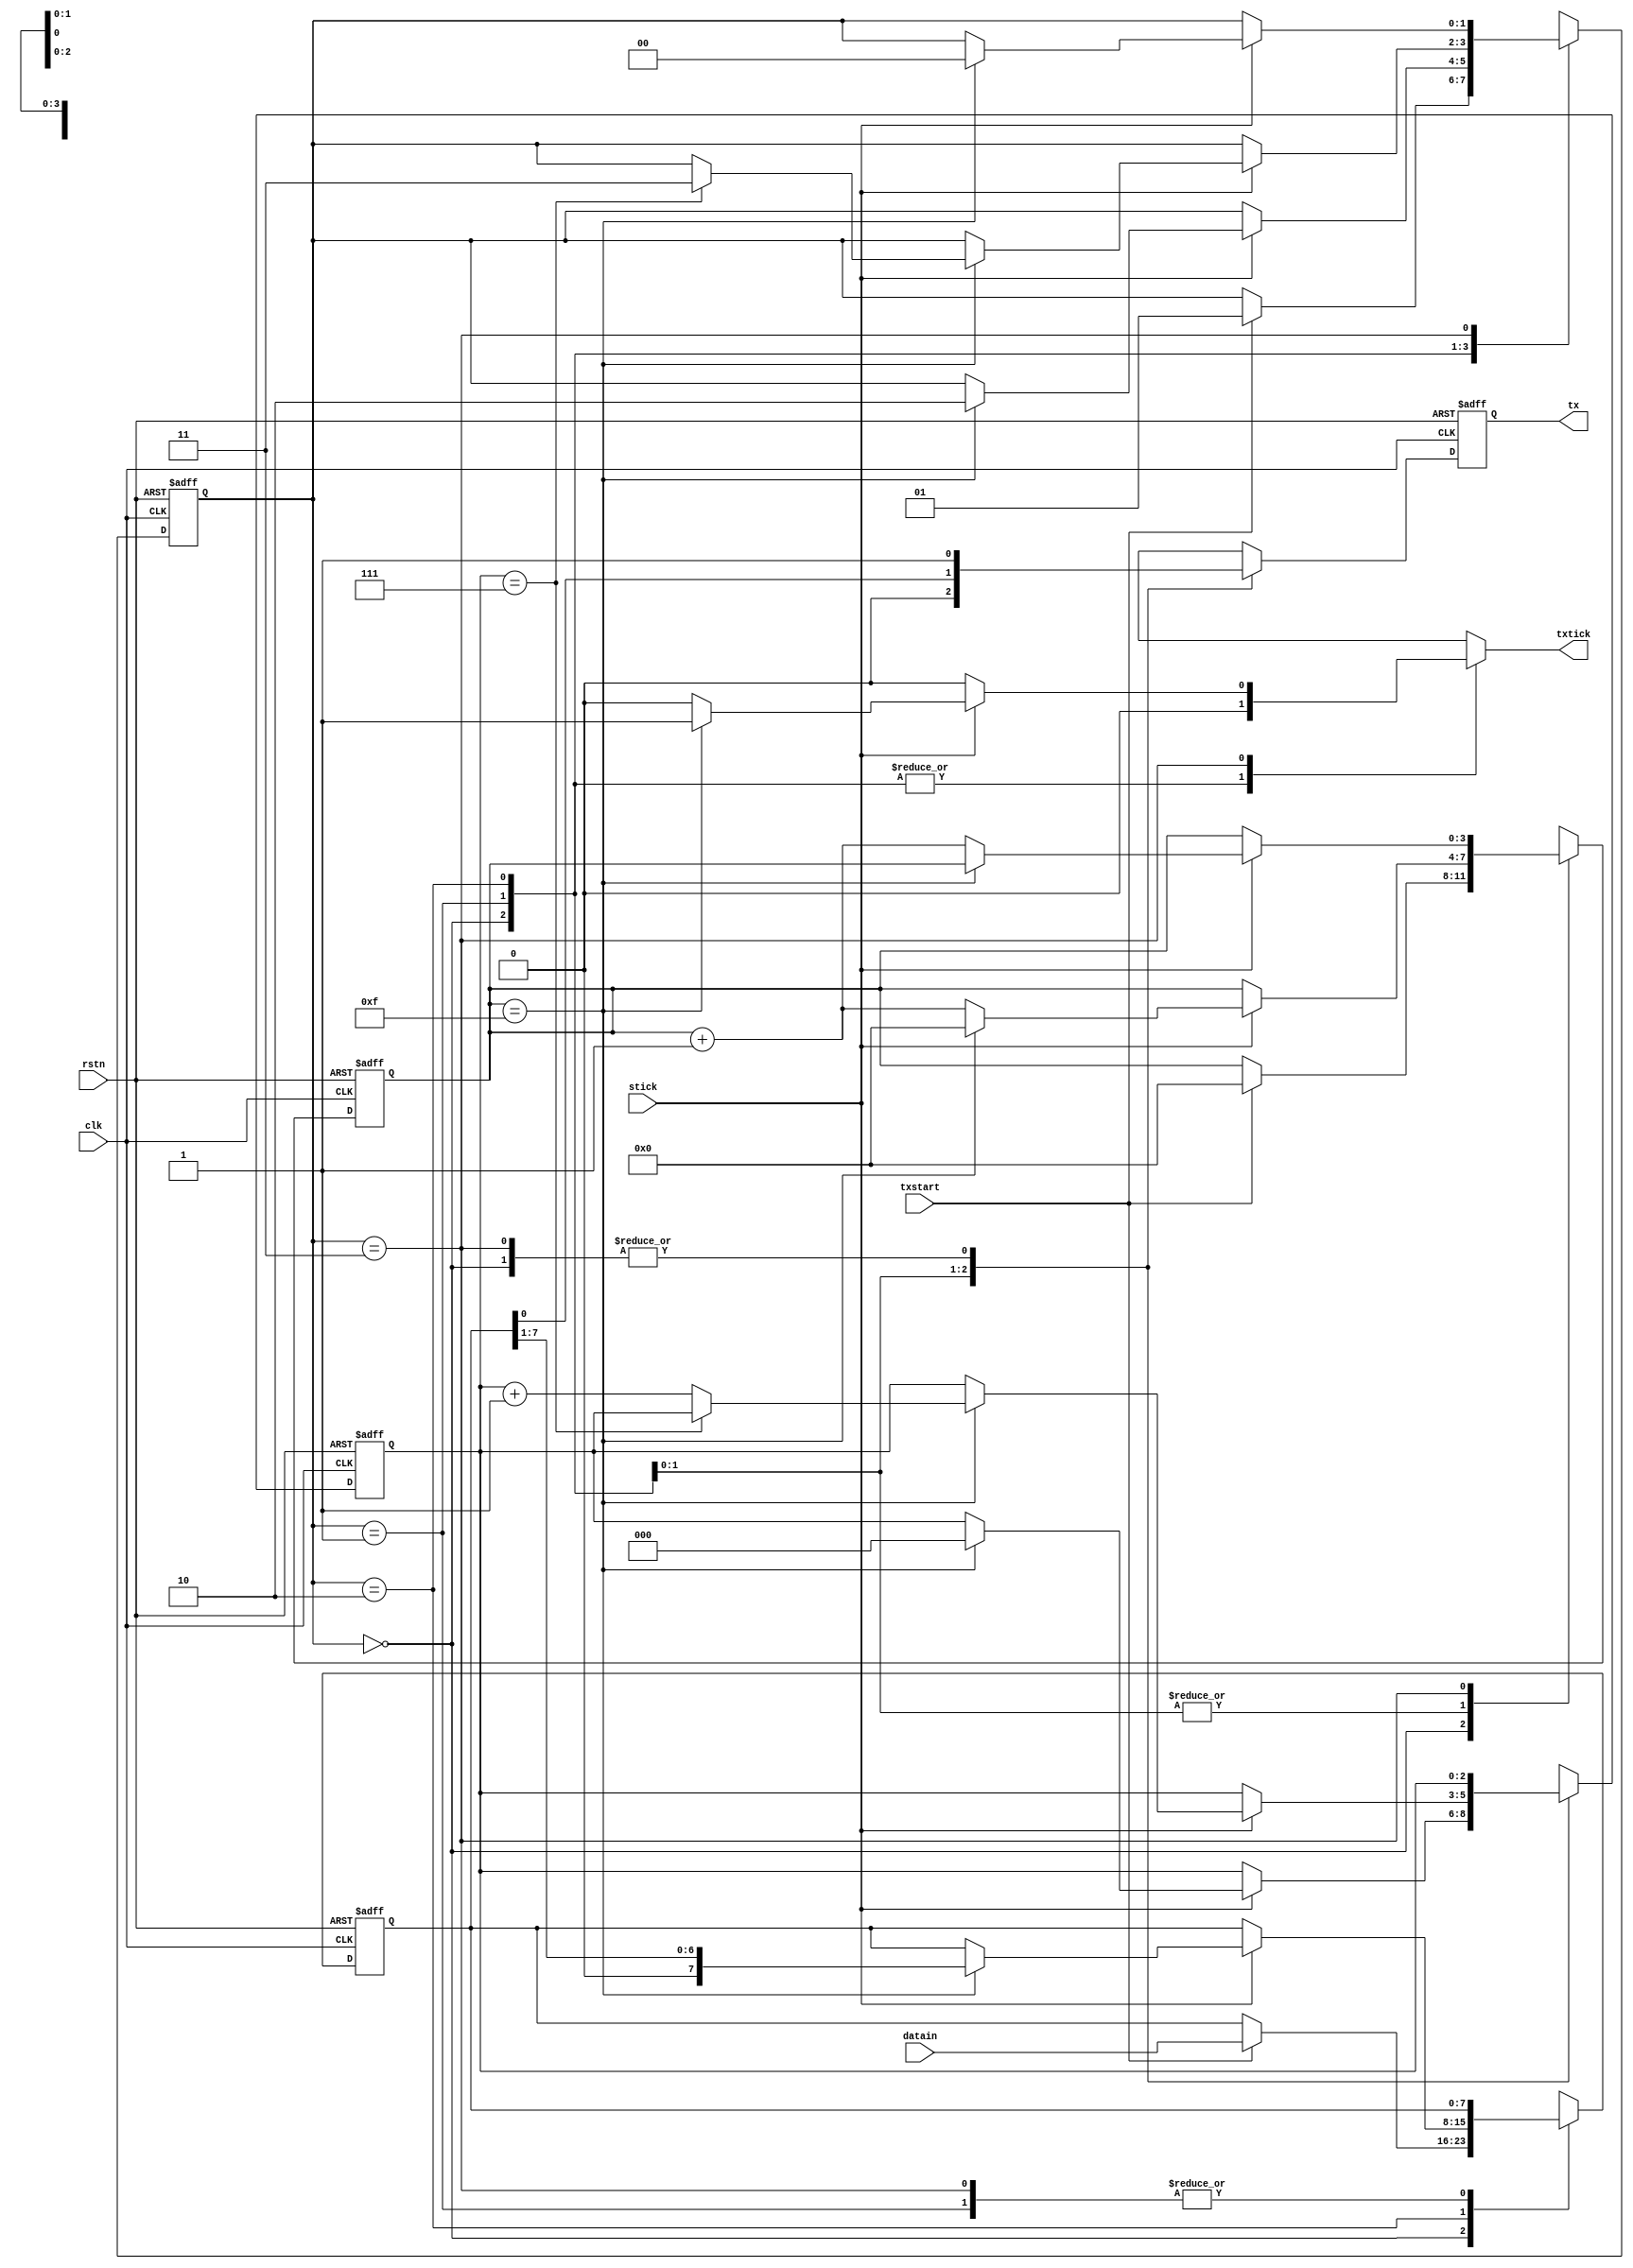
`timescale 1ns / 1ps
//////////////////////////////////////////////////////////////////////////////////
// Company: 
// Engineer: 
// 
// Design Name: 
// Module Name: Transmitter
// Project Name: 
// Target Devices: 
// Tool Versions: 
// Description: 
// 
// Dependencies: 
// 
// Revision:
// Revision 0.01 - File Created
// Additional Comments:
// 
//////////////////////////////////////////////////////////////////////////////////


module Transmitter #(parameter SB_TICK = 16)(
    input clk, rstn, txstart, stick,
    input [7:0] datain,
    output reg txtick,
    output tx
    );
    
    localparam  idle = 0,
                start = 1,
                data = 2,
                stop = 3;
                
    reg [1:0] state_reg, next_state;
    reg [3:0] sreg, snext;
    reg [2:0] nreg, nnext;
    reg [7:0] breg, bnext;
    reg txreg,txnext;
    
    always @(posedge clk, negedge rstn)
    begin
        if(!rstn) begin
            state_reg <= idle;
            sreg <= 0;
            nreg <= 0;
            breg <= 0;
            txreg <= 1;
        end
        else begin
            state_reg <= next_state;
            sreg <= snext;
            nreg <= nnext;
            breg <= bnext;
            txreg <= txnext;
        end
    end
    
    always @* begin
        next_state = state_reg;
        snext = sreg;
        nnext = nreg;
        bnext = breg;
        txtick = 0;
        
        case(state_reg)
            idle: begin
                txnext = 1;
                if(txstart) begin
                    snext = 0;
                    bnext = datain;
                    next_state = start;
                end
            end
            start: begin
                txnext = 0;
                if(stick)
                    if(sreg==15) begin
                        snext = 0;
                        nnext = 0;
                        next_state = data;
                    end
                    else snext = sreg + 1;
            end
            data: begin
                txnext = breg[0];
                if(stick)
                    if(sreg == 15) begin
                        snext = 0;
                        bnext = {1'b0, breg[7:1]};
                        if(nreg == 7) next_state = stop;
                        else nnext = nreg + 1;
                    end
                    else snext = sreg + 1;
            end
            stop: begin
                txnext = 1;
                if(stick)
                    if(sreg == (SB_TICK -1)) begin
                        txtick = 1;
                        next_state = idle;
                    end
                    else snext = sreg + 1;
            end
            default: next_state = idle;
         endcase
    end
    
assign tx = txreg;
endmodule